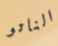
الناتو